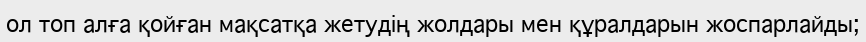
ол топ алға қойған мақсатқа жетудің жолдары мен құралдарын жоспарлайды;